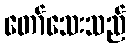
တော်သေးသည်